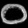
Digit: ၀